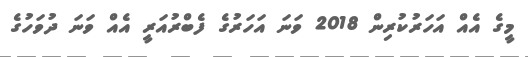
މީގެ އެއް އަހަރުކުރިން 2018 ވަނަ އަހަރުގެ ފެބްރުއަރީ އެއް ވަނަ ދުވަހުގެ